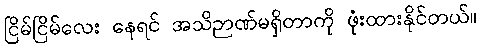
ငြိမ်ငြိမ်လေး နေရင် အသိဉာဏ်မရှိတာကို ဖုံးထားနိုင်တယ်။